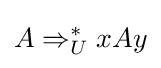
A\Rightarrow _{U}^{*}xAy